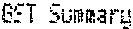
GST SUMMARY